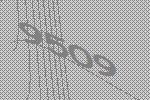
9509